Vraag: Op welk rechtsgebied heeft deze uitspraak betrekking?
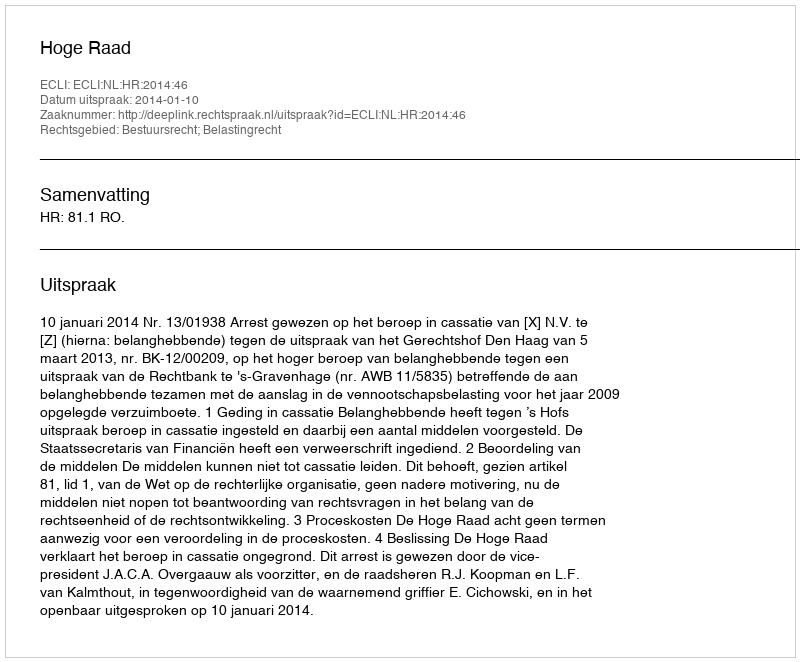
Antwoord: Bestuursrecht; Belastingrecht